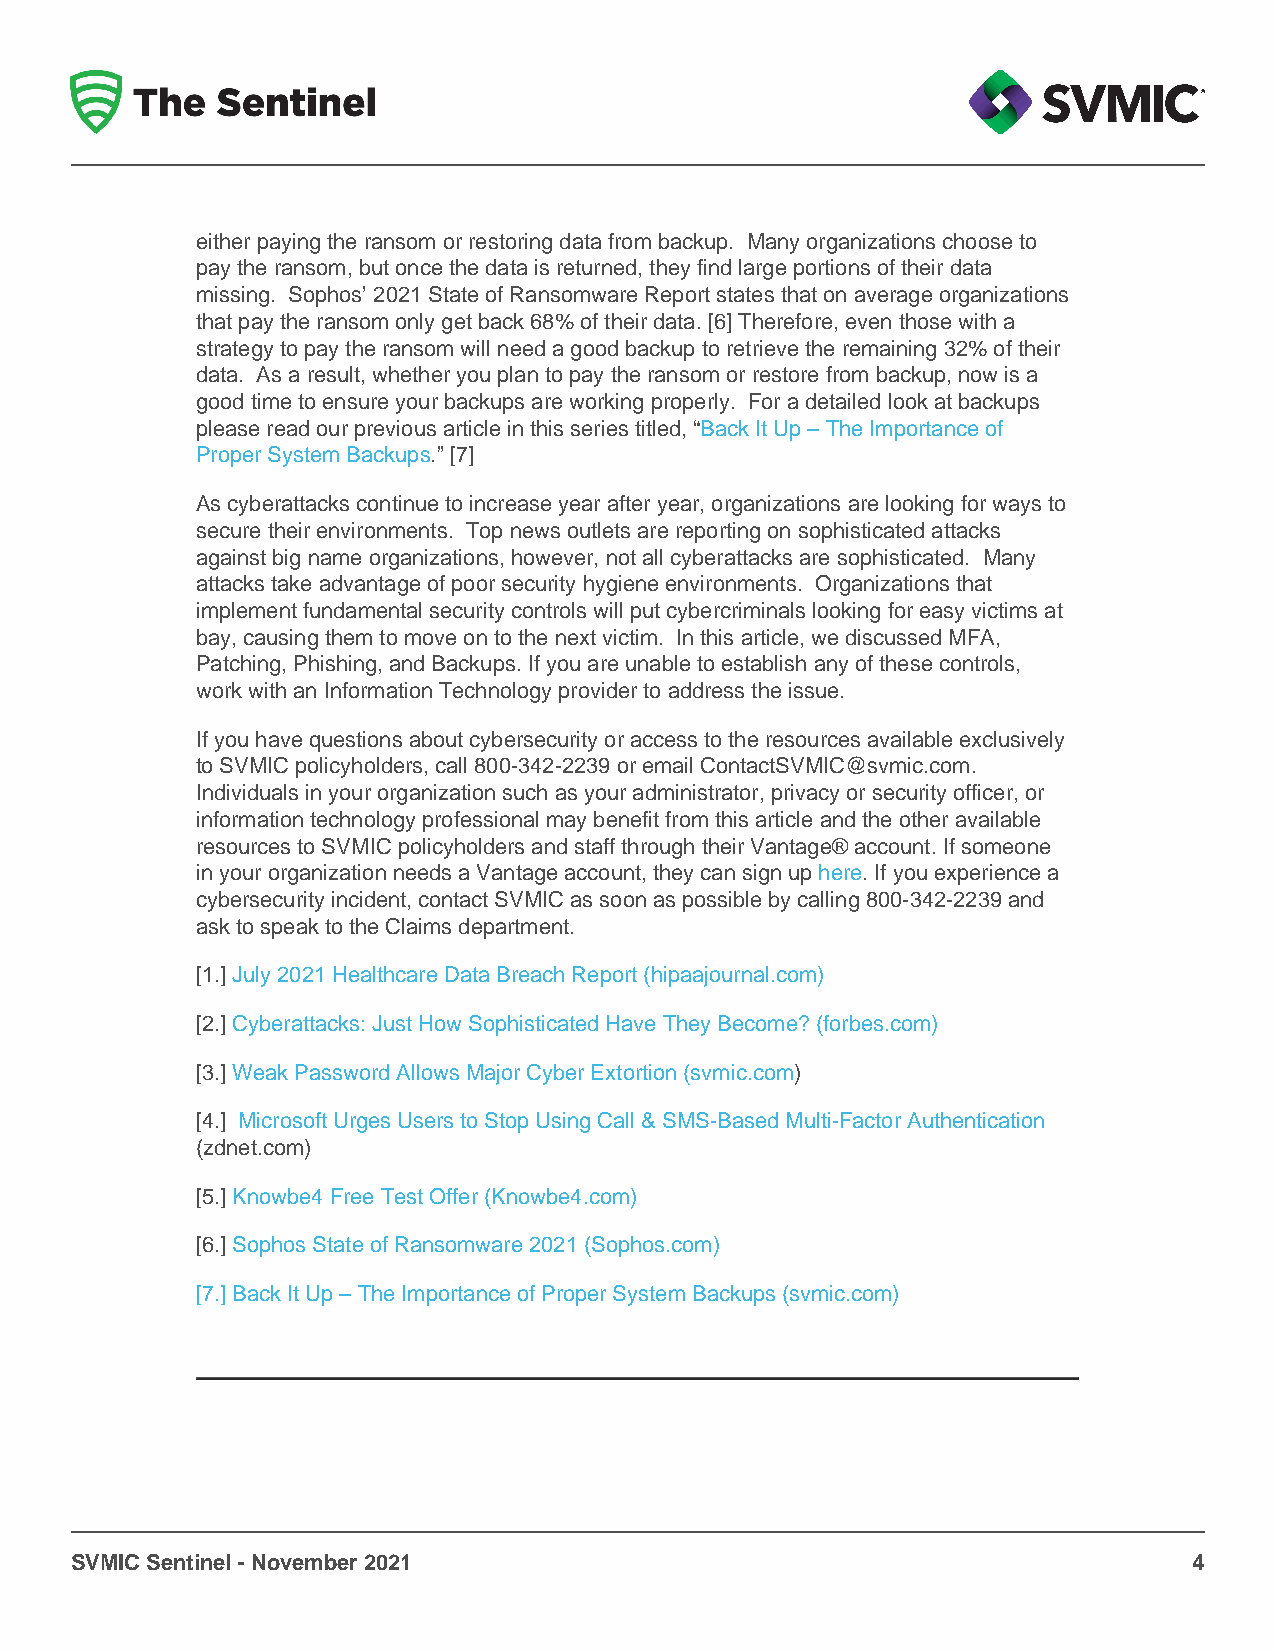
either paying the ransom or restoring data from backup. Many organizations choose to
 pay the ransom, but once the data is returned, they find large portions of their data
 missing. Sophos’ 2021 State of Ransomware Report states that on average organizations
 that pay the ransom only get back 68% of their data. [6] Therefore, even those with a
 strategy to pay the ransom will need a good backup to retrieve the remaining 32% of their
 data. As a result, whether you plan to pay the ransom or restore from backup, now is a
 good time to ensure your backups are working properly. For a detailed look at backups
 please read our previous article in this series titled, “Back It Up – The Importance of
 Proper System Backups.” [7]
 As cyberattacks continue to increase year after year, organizations are looking for ways to
 secure their environments. Top news outlets are reporting on sophisticated attacks
 against big name organizations, however, not all cyberattacks are sophisticated. Many
 attacks take advantage of poor security hygiene environments. Organizations that
 implement fundamental security controls will put cybercriminals looking for easy victims at
 bay, causing them to move on to the next victim. In this article, we discussed MFA,
 Patching, Phishing, and Backups. If you are unable to establish any of these controls,
 work with an Information Technology provider to address the issue.
 If you have questions about cybersecurity or access to the resources available exclusively
 to SVMIC policyholders, call 800-342-2239 or email ContactSVMIC@svmic.com.
 Individuals in your organization such as your administrator, privacy or security officer, or
 information technology professional may benefit from this article and the other available
 resources to SVMIC policyholders and staff through their Vantage® account. If someone
 in your organization needs a Vantage account, they can sign up here. If you experience a
 cybersecurity incident, contact SVMIC as soon as possible by calling 800-342-2239 and
 ask to speak to the Claims department.
 [1.] July 2021 Healthcare Data Breach Report (hipaajournal.com)
 [2.] Cyberattacks: Just How Sophisticated Have They Become? (forbes.com)
 [3.] Weak Password Allows Major Cyber Extortion (svmic.com)
 [4.] Microsoft Urges Users to Stop Using Call & SMS-Based Multi-Factor Authentication
 (zdnet.com)
 [5.] Knowbe4 Free Test Offer (Knowbe4.com)
 [6.] Sophos State of Ransomware 2021 (Sophos.com)
 [7.] Back It Up – The Importance of Proper System Backups (svmic.com)
 SVMIC Sentinel - November 2021                                            4